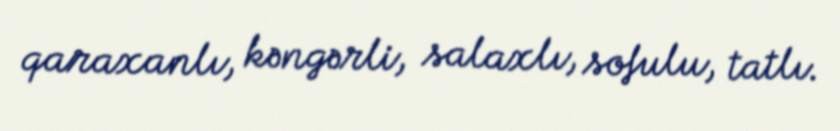
qaraxanlı, kəngərli, salaxlı, sofulu, tatlı.